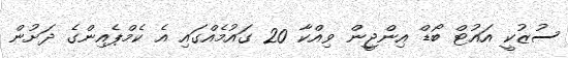
ސުޒުކީ އައުޓް ބޯޑް އިންޖީން ވިއްކާ 20 ގައުމެއްގައި އެ ކެމްޕެއިންގެ ދަށުން